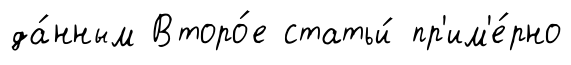
да́нным Второ́е статьи́ пр'им'е́рно